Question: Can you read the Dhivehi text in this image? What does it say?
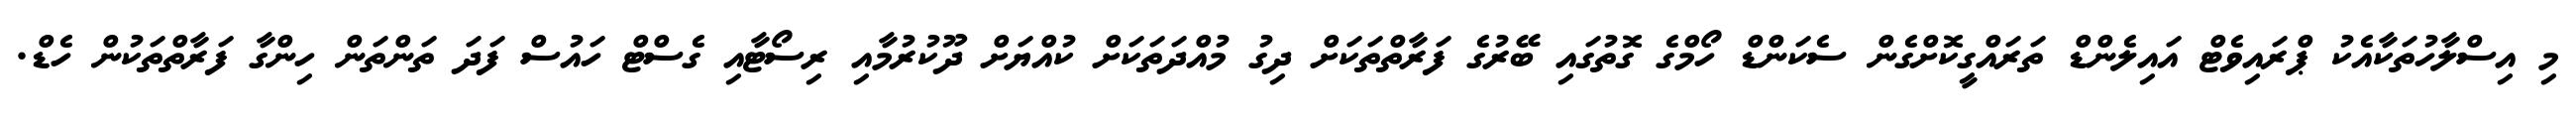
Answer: މި އިސްލާހުތަކާއެކު ޕްރައިވެޓް އައިލެންޑް ތަރައްގީކޮށްގެން ސެކަންޑް ހޯމްގެ ގޮތުގައި ބޭރުގެ ފަރާތްތަކަށް ދިގު މުއްދަތަކަށް ކުއްޔަށް ދޫކުރުމާއި ރިސޯޓާއި ގެސްޓް ހައުސް ފަދަ ތަންތަން ހިންގާ ފަރާތްތަކުން ހެޑް.